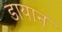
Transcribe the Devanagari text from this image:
डायान